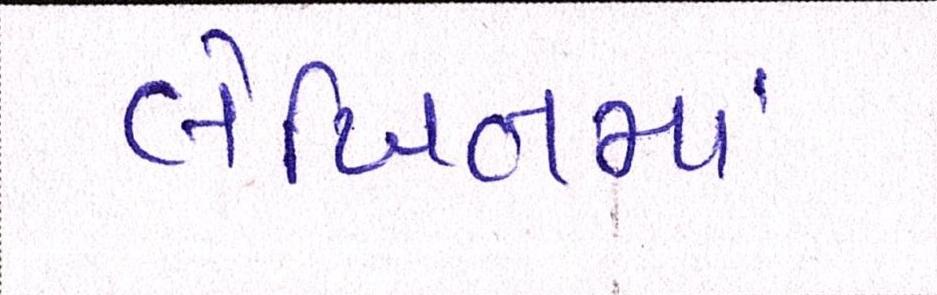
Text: લેખિતમાં